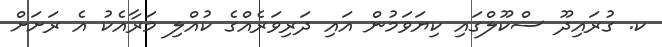
ކ. ގުރައިދޫ ސްކޫލްގައި ކިޔަވަމުން އައި ދަރިވަރެއްގެ ކުއްލި މަރާއެކު އެ ރަށަށް